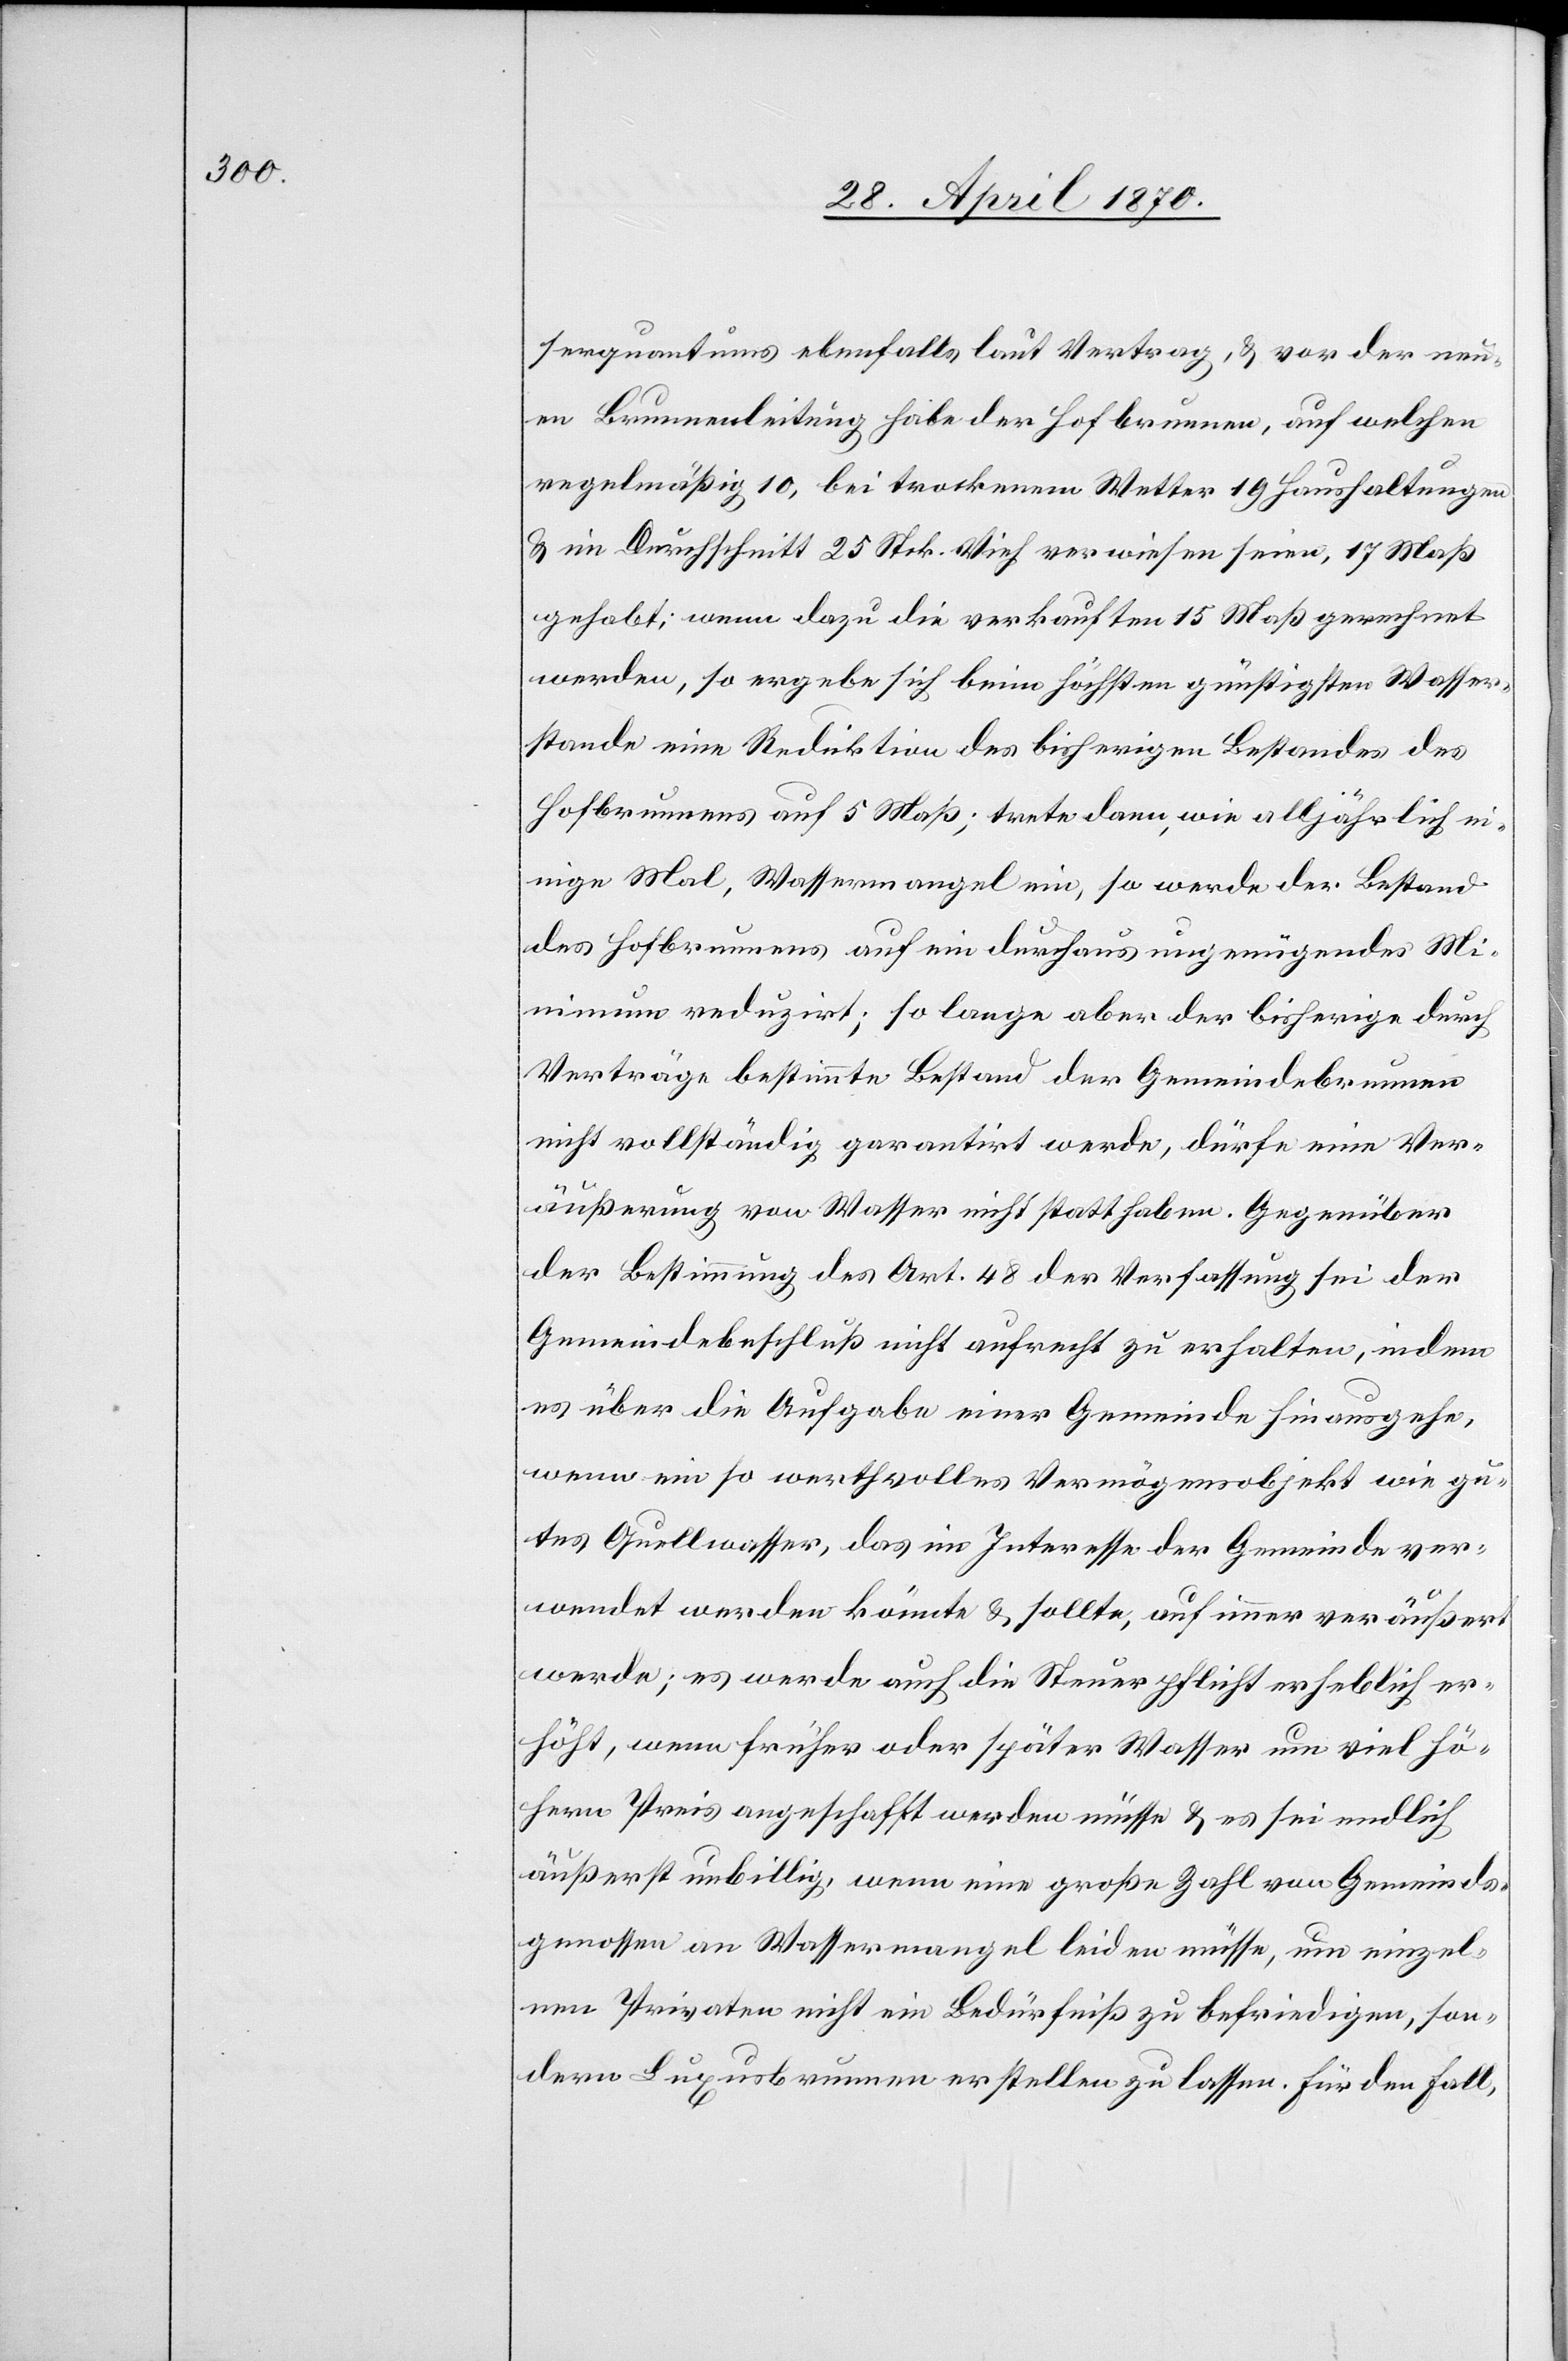
serquantums ebenfalls laut Vertrag, & vor der neu¬
en Brunnenleitung habe der Hofbrunnen, auf welchen
regelmäßig 10, bei trockenem Wetter 19 Haushaltungen
& im Durchschnitt 25 Stck. Vieh verwiesen seien, 17 Maß
gehabt; wenn dazu die verkauften 15 Maß gerechnet
werden, so ergebe sich beim höchsten günstigsten Wasser¬
stande eine Reduktion des bisherigen Bestandes des
Hofbrunnens auf 5 Maß; trete dann, wie alljährlich ein¬
ige Mal, Wassermangel ein, so werde der Bestand
des Hofbrunnens auf ein durchaus ungenügendes Mi¬
nimum reduzirt; so lange aber der bisherige durch
Verträge bestimmte Bestand der Gemeindebrunnen
nicht vollständig garantirt werde, dürfe eine Ver¬
äußerung von Wasser nicht statthaben. Gegenüber
der Bestimmung des Art. 48 der Verfassung sei der
Gemeindebeschluß nicht aufrecht zu erhalten, indem
es über die Aufgabe einer Gemeinde hinausgehe,
wenn ein so werthvolles Vermögensobjekt wie gu¬
tes Quellwasser, das im Interesse der Gemeinde ver¬
wendet werden könnte & sollte, auf immer veräußert
werde; es werde auch die Steuerpflicht erheblich er¬
höht, wenn früher oder später Wasser um viel hö¬
heren Preis angeschafft werden müsse & es sei endlich
äußerst unbillig, wenn eine große Zahl von Gemeinds¬
genossen an Wassermangel leiden müsse, um einzel¬
nen Privaten nicht ein Bedürfniß zu befriedigen, son¬
dern Luxusbrunnen erstellen zu lassen. Für den Fall,